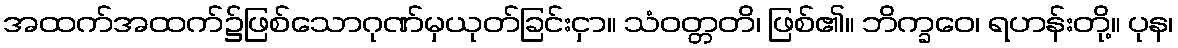
အထက်အထက်၌ဖြစ်သောဂုဏ်မှယုတ်ခြင်းငှာ။ သံဝတ္တတိ၊ ဖြစ်၏။ ဘိက္ခဝေ၊ ရဟန်းတို့။ ပုန၊